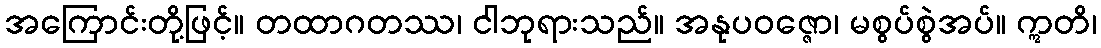
အကြောင်းတို့ဖြင့်။ တထာဂတဿ၊ ငါဘုရားသည်။ အနုပဝဇ္ဇော၊ မစွပ်စွဲအပ်။ ဣတိ၊